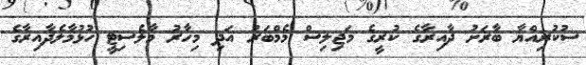
ސުކުރިއްޔާ ބާރަށު ދާއިރާގެ ކުރީގެ މަޖިލިސް މެމްބަރު އަދި މިހާރު މާލެސިޓީ ހުޅުމާލެދާއިރާގެ